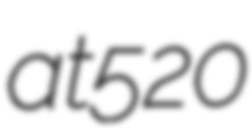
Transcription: at 520